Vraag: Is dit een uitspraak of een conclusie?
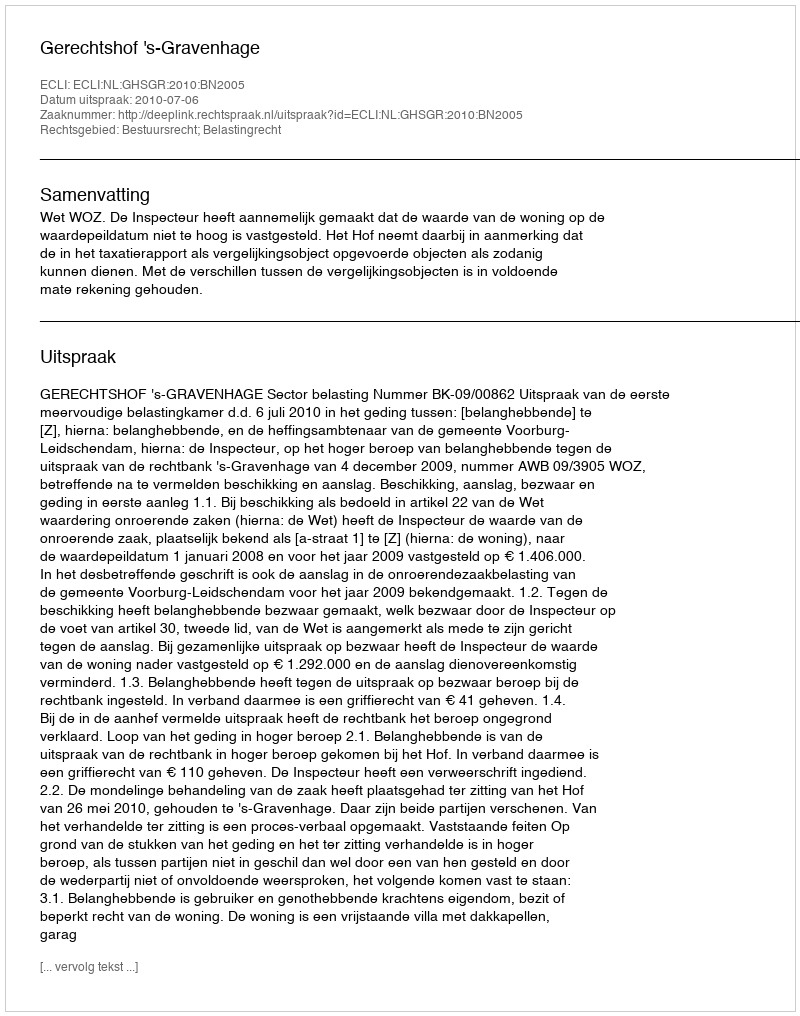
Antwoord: Uitspraak